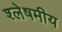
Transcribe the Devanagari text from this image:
श्लेषमीय